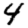
Digit: 4